Vital statistics of India. Vol. VI, European troops 1870-79
Year: 1870
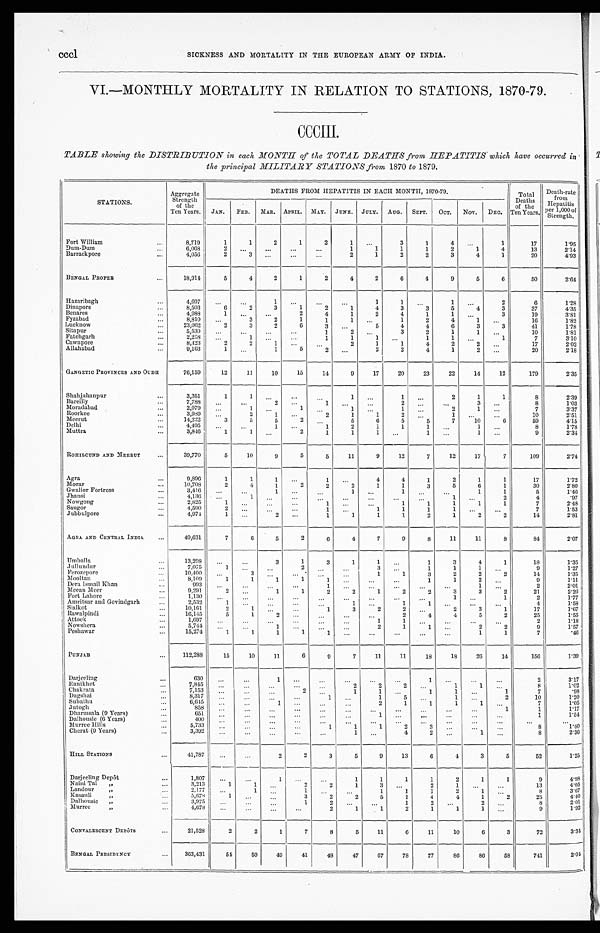
c c c l S I C K N E S S A N D M O R T A L I T Y I N T H E E U R O P E A N A R M Y O F I N D I A .
VI.—MONTHLY MORTALITY IN RELATION TO STATIONS, 1870-79.
CCCIII.
TABLE showing the DISTRIBUTION in each MONTH of the TOTAL DEATHS from HEPATITIS which have occurred in
the principal MILITARY STATIONS from 1870 to 1879.
STATIONS.
Aggregate
Strength
of the
Ten Years.
DEATHS FROM HEPATITIS IN EACH MONTH, 1870-79.
Total
Deaths
of the
Years.
Death-rate
from
Hepatitis
per 1, 000 of
Strength.
JAN. FEB. MAR. APRIL. MAY. JUNE. JULY. AUG. SEPT. OCT. NOV. DEC.
Fort William
...
8,719
1
1
2
1
2
1 ...
3
1
4
. . .
1
17
1.95
Dum-Dum
...
6,068
2 ...
...
. . .
. . .
1
1
1
1
2
1
4
13
2.14
Barrackpore
...
4,056
2
3
. . . ...
...
2
1
2
2
3
4
1
20
4.93
BENGAL PROPER
...
18,914
5
4
2
1
2
4
2
6
4
9
5
6
50
2.64
Hazaribagh
...
4,697 ...
...
1 ...
. . . ...
1
1 ...
1
. . .
2
6
1.28
Dinapore
...
8,503
6
2
3
1
2
1
4
3
3
5
4
3
37
4.35
Benares
. . . 4,988
1 ...
...
2
4
1
2
4
1
1
. . .
3
19
3.81
Fyzabad
...
8,810 ...
3
2
1
1
1
. . . 1
2
4
1 ...
16
1.82
Lucknow
...
23,062
2
3
2
6
3
. . .
5
4
4
6
3
3
41
1.78
Sitapur
. . .
5,530 ...
...
...
...
1
2
. . . 3
2
1
1 ...
10
1.81
Fatehgarh
...
2,258 ...
1 ...
...
1
1
1 . . .
1
1
. . .
1
7
3.10
Cawnpore
...
8,423
2
2
1
. . .
...
2
1
1
4
2
2
. . .
17
2.02
Allahabad
...
9,163
1 ...
1
5
2
. . . 2
2
4
1
2
. . .
20
2.18
GANGETIC PROVINCES AND OUDH
76,159
12
11
10
15
14
9
17
20
23
22
14
12
179
2.35
Shahjahanpur
...
3,351
1
1 ...
. . .
...
1
. . .
1 ...
2
1
1
8
2.39
Bareilly
. . . 7,788
. . .
. . . 2
. . . 1
. . . . . .
2
. . .
. . .
3
. . .
8
1.03
Moradabad
...
2,079
...
1
. . .
1
. . .
1
. . .
1 ...
2
1 ...
7
3.37
Roorkee
. . .
3,989 ...
2
1
. . . 2
1
1
2
. . .
1
. . . ...
10
2.51
Meerut
. . . 14,222
3
5
5
2
. . .
5
6
5
5
7
10
6
59
4.15
Delhi
...
4 , 4 9 5 ...
...
1
. . . 1
2
1
1
1 ...
1 ...
8
1.78
Muttra
...
3,846
1
1 ...
2
1
1
1
. . .
1
. . .
1 ...
9
2.34
ROHILCUND AND MEERUT
...
39,770
5
10
9
5
5
11
9
12
7
12
17
7
109
2.74
Agra
...
9,896
1
1
1
. . . 1 ...
4
4
1
2
1
1
17
1.72
Morar
. . . 10,708
2
4
1
2
2
2
1
1
3
5
6
1
30
2.80
Gwalior Fortress
...
3,416 . . .
. . .
1
. . . . . .
1
. . .
1
. . .
. . .
1
1
5
1.46
Jhansi
. . . 4,136
...
1
. . . ...
. . .
...
...
...
. . .
1 ...
2
4
.97
Nowgong
. . .
2,825
1 ...
. . .
. . .
1
. . . ...
1
1
1
1
1
7
2.48
Saugor
...
4,590
2 ...
...
...
1
. . .
1
1
1
1
. . . ...
7
1.53
Jubbulpore
. . .
4,974
1
. . .
2
. . .
1
1
1
1
2
1
2
2
14
2.81
AGRA AND CENTRAL INDIA
...
40,631
7
6
5
2
6
4
7
9
8
11
11
8
84
2.07
Umballa
. . . 13,298 ...
...
3
1
3
1
1 ...
1
3
4
1
18
1.35
Jullundur
...
7,075
1
. . .
. . .
2
. . .
. . .
3
. . .
1
1
1
. . .
9
1.27
Ferozepore
...
10,400 ...
3
. . . ...
. . .
. . .
1
1
3
2
2
2
14
1.35
Mooltan
...
8,109
1
1
1
1
1
. . . ...
...
1
1
2
. . .
9
1.11
Dera Ismail Khan
...
993 ...
. . .
. . . ...
1 ...
...
. . .
. . . ...
1 ...
2
2. 01
Meean Meer
...
9,291
2
. . .
1
1
2
2
1
2
2
3
3
2
21
2.26
Fort Lahore
. . .
1,130 . . .
...
...
. . . ...
...
. . . ...
...
1
. . .
1
2
1.77
Amritsar and Govindgarh
. . .
2,532
1
. . . ...
. . . ...
1 ...
1
1
. . .
. . . ...
4
1.58
Sialkot
. . .
10,161
2
1 ...
...
1
3
2
2 ...
2
3
1
17
1.67
Rawalpindi
. . .
16,145
5
1
2
. . . ...
...
...
2
4
4
5
2
25
1.55
Attock
...
1,697 . . .
...
...
. . .
. . .
...
1
1 ...
. . .
...
...
2
1.18
Nowshera
. . .
5,744 ...
...
1 ...
...
. . .
2
1
1
. . .
2
2
9
1.57
Peshawar
. . . 15,274
1
1
1
1
1
. . . ...
...
...
...
1
1
7
.46
PUNJAB
...
1 1 2 , 2 8 8
15
10
11
6
9
7
11
11
18
1 8 26
14
156
1.39
Darjeeling
...
630
. . . ...
1 ...
...
...
...
...
1 ...
...
...
2
3.17
Ranikhet
. . .
7,845
. . . ...
...
. . .
. . .
2
2
2
. . .
1
1
. . .
8
1.02
Chakrata
. . .
7,153
. . .
. . .
. . .
2
. . .
1
1 ...
1
1 ...
1
7
.98
Dagshai
. . .
8,317
. . . ...
...
. . .
1 ...
1
5
. . .
1
. . .
2
10
1.20
Subathu
. . .
6,645 ...
. . .
1
. . .
. . .
. . .
2
1
1
1
1
. . .
7
1.05
Jut ogh
. . .
858
. . . . . .
. . .
...
. . .
. . .
. . .
. . .
. . .
. . .
. . .
1
1
1.17
Dharmsala (9 Years)
...
651
. . .
. . .
. . .
. . .
. . .
. . .
1
. . .
. . .
. . .
. . . ...
1
1.54
Dalhousie (6 Years)
...
400 ...
. . .
. . .
. . .
. . .
. . .
. . .
...
. . . ...
...
...
. . .
. . .
Murree Hills
. . .
5,733 ...
...
...
...
1
1
1
2
3
. . . ...
. . .
8
1.40
Cherat (9 Years)
...
3,392 ...
. . .
. . .
. . .
. . .
1
. . .
4
2
. . .
1
. . .
8
2.36
HILL STATION
...
4 1 , 7 8 7 ...
. . .
2
2
3
5
9
13
6
4
3
5
52
1.25
Darjeeling Depôt
. . .
1,807 . . .
...
1 ...
. . .
1
1
1
1
2
1
1
9
4.98
Naini Tal „
. . .
3,213
1
1
. . .
2
2
1
3
. . .
2
1 . . .
. . .
13
4.05
Landour „
. . .
2,177 ...
1
. . .
1
. . .
. . .
1
1
1
2
1 ...
8
3.67
Kasauli „
. . .
5,678
1
. . .
. . .
3
2
2
5
1
4
4
1
2
25
4.40
Dal housi e „
. . .
3,975
. . . ...
...
1
2
. . . ...
1
2
. . .
2
. . .
8
2.01
Murree „
. . .
4 , 6 7 8 ...
...
...
...
2
1
1
2
1
1
1 ...
9
1.92
CONVALESCENT DEPÔTS
. . .
21,528
2
2
1
7
8
5
11
6
11
10
6
3
72
3.34
BENGAL PRESIDENCY
. . .
363,431
54
50
49
41
48
47
67
78
77
86
86
58
741
2.04